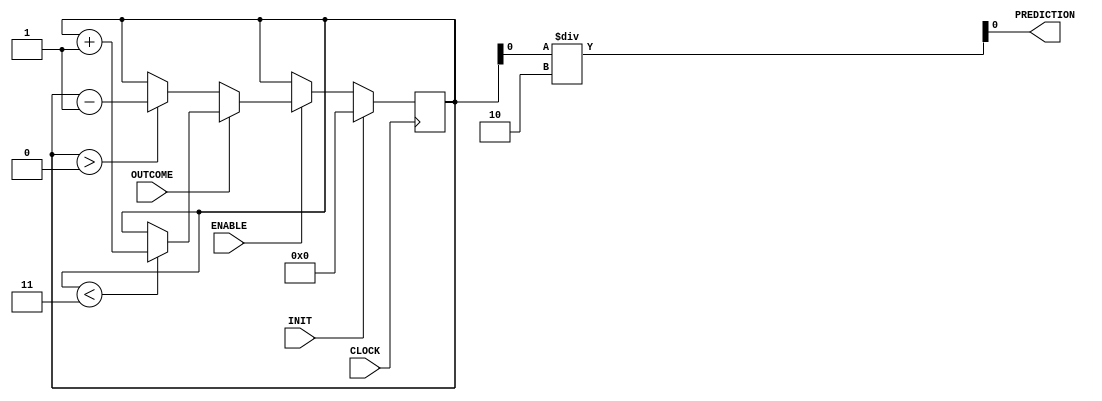
module counterTwo (
    input CLOCK,
    input INIT,
    input OUTCOME,
    input ENABLE,
    output PREDICTION
);
    
    reg [31:0] count;
    wire [0:0] predic;
    
    always @(posedge CLOCK) begin
        if (INIT) begin
            count <= 32'd0;
        end else begin
            if (ENABLE) begin
                if (OUTCOME) begin
                    if (count < 3) begin
                        count <= count + 1;
                    end
                end else begin
                    if (count > 0) begin
                        count <= count - 1;
                    end
                end
            end
        end
    end
    
    assign predic = count[0] / 2;
    assign PREDICTION = predic[0];

endmodule